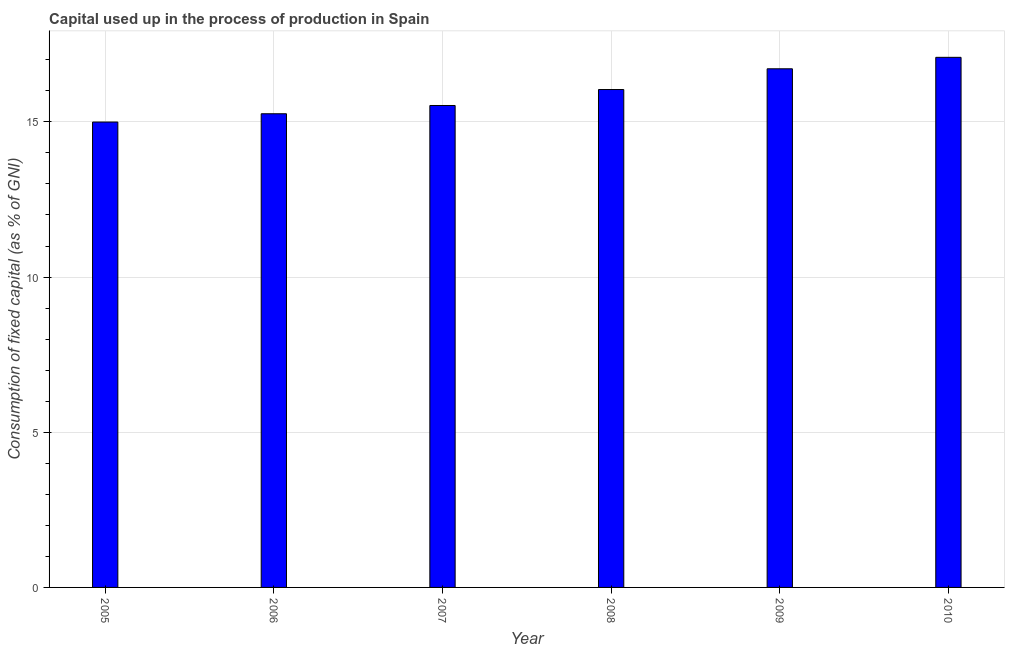
| Year | Consumption of fixed capital |
 | --- | --- |
 | 2005 | 15 |
 | 2006 | 15.3 |
 | 2007 | 15.5 |
 | 2008 | 16 |
 | 2009 | 16.7 |
 | 2010 | 17.1 |